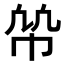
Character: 𢂨